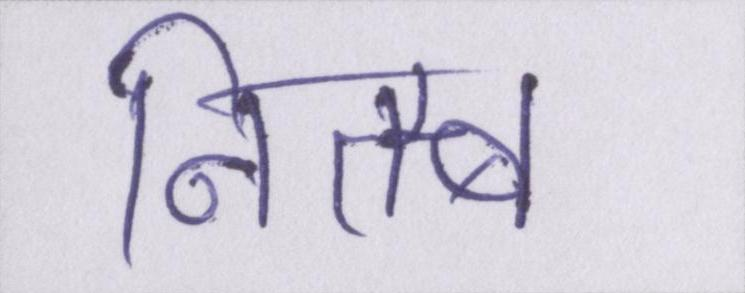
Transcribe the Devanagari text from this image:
नितम्ब